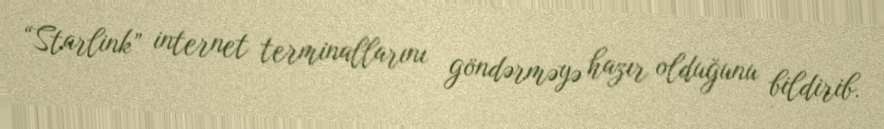
“Starlink” internet terminallarını göndərməyə hazır olduğunu bildirib.